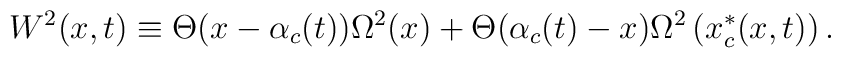
W^2(x,t)\equiv \Theta(x-\alpha_c(t)) \Omega^2(x)+\Theta(\alpha_c(t)-x)\Omega^2\left(x_c^*(x,t)\right).